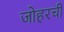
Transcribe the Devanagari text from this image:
जोहरची